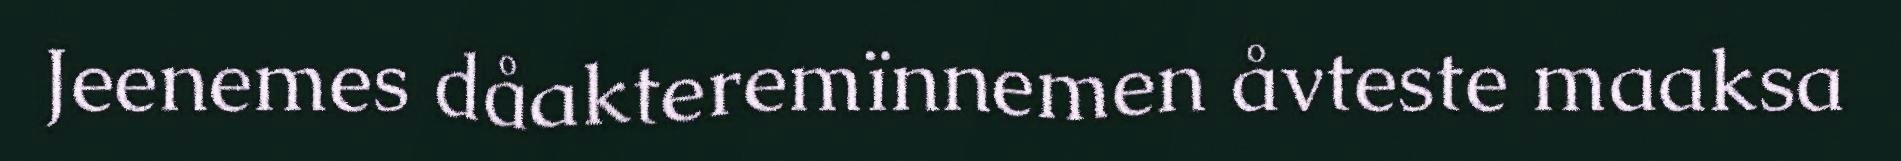
Jeenemes dåakteremïnnemen åvteste maaksa